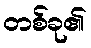
တစ်ခု၏